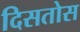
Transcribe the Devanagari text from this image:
दिसतोस